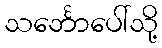
သင်္ဘောပေါ်သို့